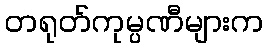
တရုတ်ကုမ္ပဏီများက